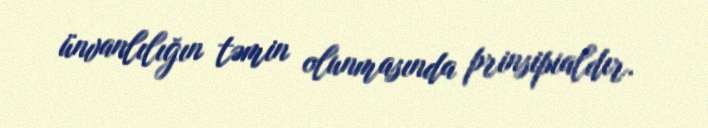
ünvanlılığın təmin olunmasında prinsipialdır.